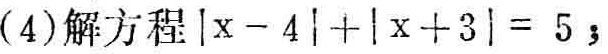
(4)解方程\(\vert x - 4\vert+\vert x + 3\vert = 5\)；